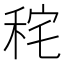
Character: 秺